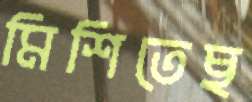
মিশিতেছ